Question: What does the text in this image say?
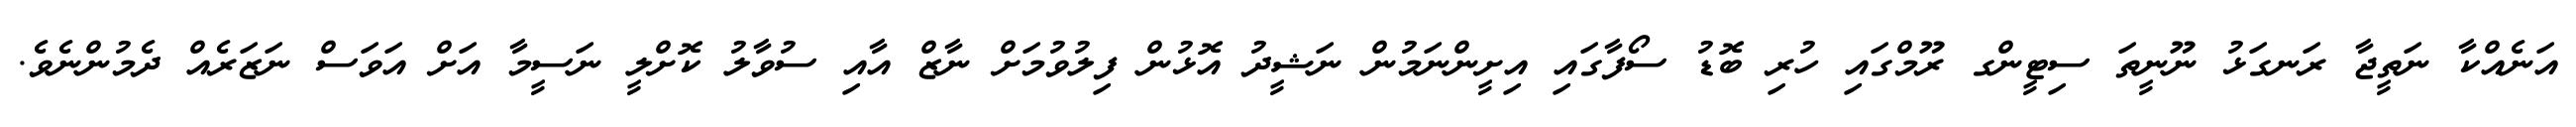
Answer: އަނެއްކާ ނަތީޖާ ރަނގަޅު ނޫނީތަ ސިޓީންގ ރޫމްގައި ހުރި ބޮޑު ސޯފާގައި އިށީންނަމުން ނަޝީދު އޮޅުން ފިލުވުމަށް ނާޒް އާއި ސުވާލު ކޮށްލީ ނަސީމާ އަށް އަވަސް ނަޒަރެއް ދެމުންނެވެ.